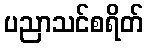
ပညာသင်စရိတ်